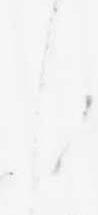
し